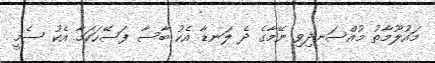
މައުލޫމާތު މުއްސަނދިވި ނޭމާގެ ދެ ލަނޑާ އެކު ބާސާ ފަސޭހަކަމާ އެކު ސެމީ